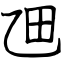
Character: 乪